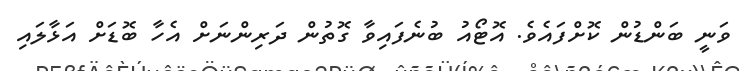
ވަނީ ބަންޑުން ކޮށްފައެވެ. އޮޓޯއު ބުނެފައިވާ ގޮތުން ދަރިންނަށް އެހާ ބޮޑަށް އަޅާލައި